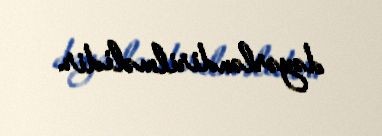
dəyərləndirilməlidir.